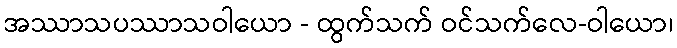
အဿာသပဿာသဝါယော - ထွက်သက် ဝင်သက်လေ-ဝါယော၊